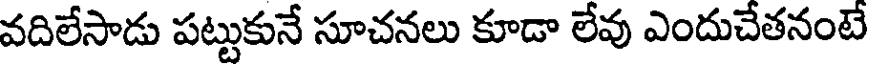
వదిలేసాడు పట్టుకునే సూచనలు కూడా లేవు ఎందుచేతనంటే